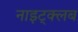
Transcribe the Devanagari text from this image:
नाइट्क्लब